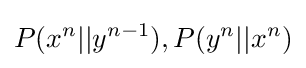
P(x^{n}||y^{n-1}),P(y^{n}||x^{n})